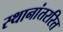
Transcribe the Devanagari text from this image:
स्थानांतररित